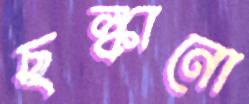
ছল্‌কানো